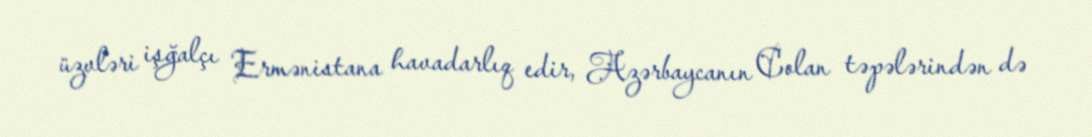
üzvləri işğalçı Ermənistana havadarlıq edir, Azərbaycanın Colan təpələrindən də